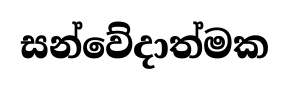
සන්වේදාත්මක